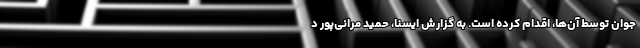
جوان توسط آن‌ها، اقدام کرده است. به گزارش ایسنا، حمید مرانی‌پور د